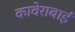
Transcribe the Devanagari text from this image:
कावेराबाई